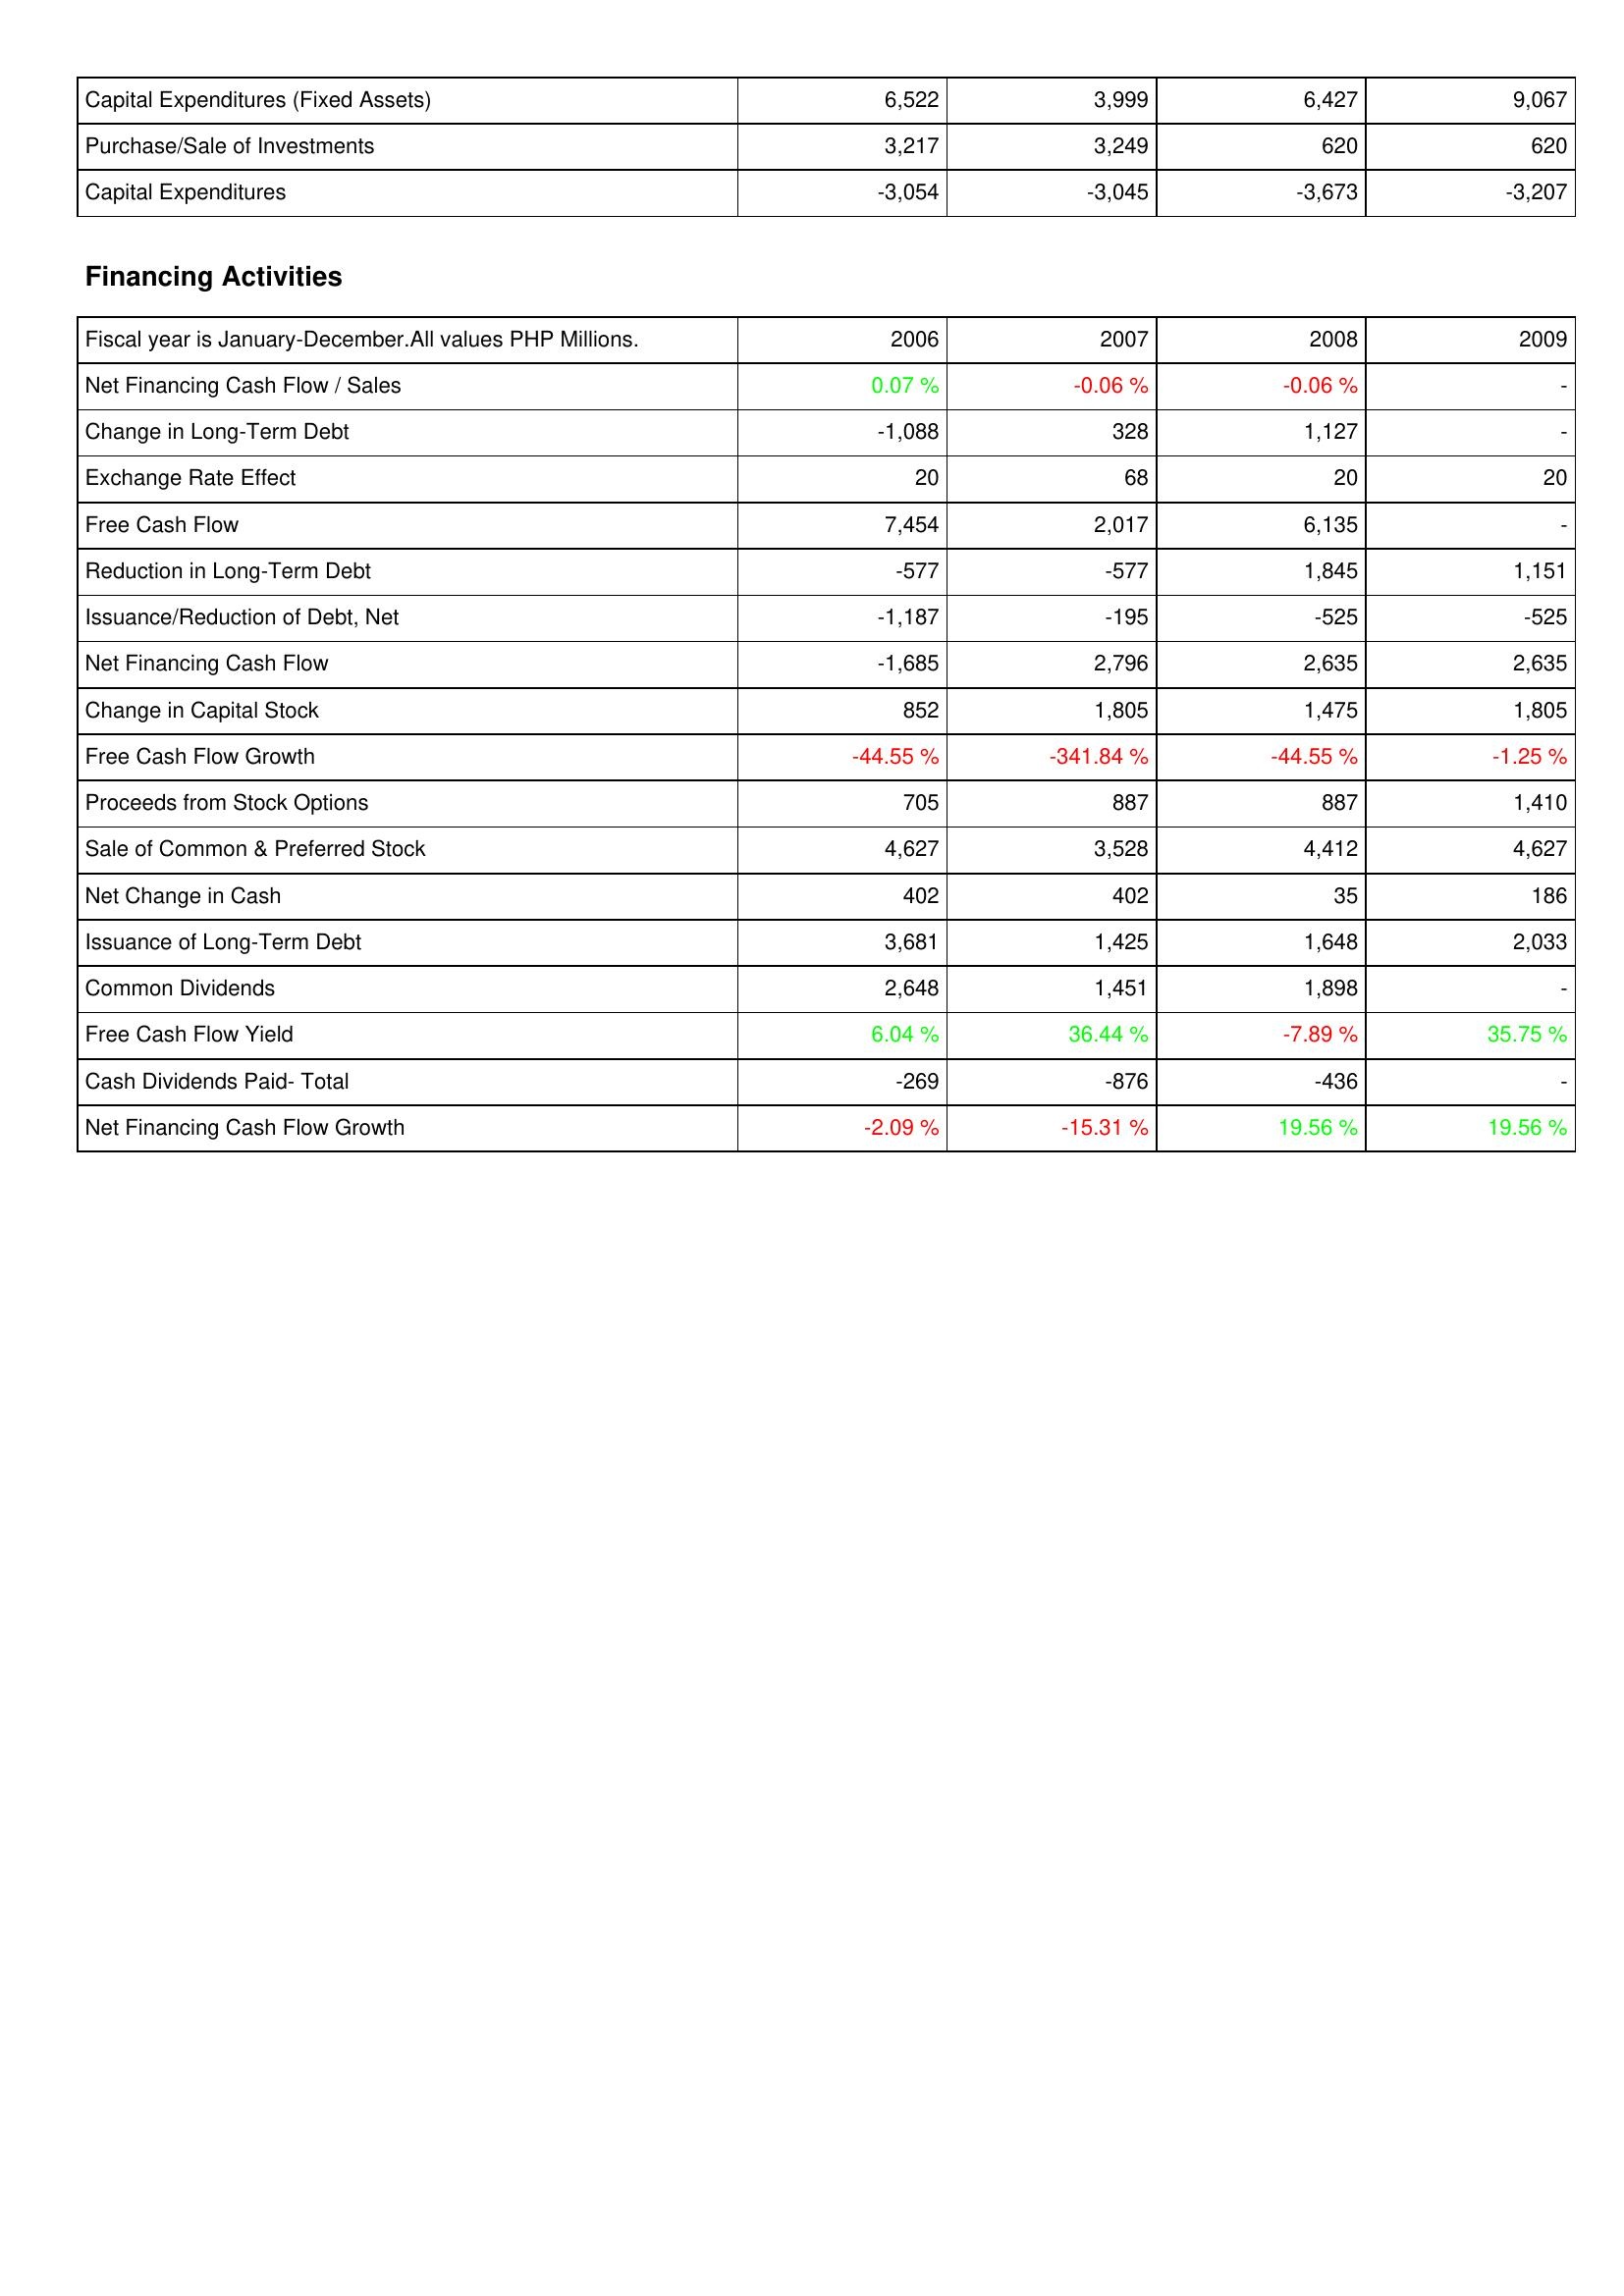
2006: Investing Activities: Capital Expenditures (Fixed Assets): 6,522
Purchase/Sale of Investments: 3,217
Capital Expenditures: -3,054
Financing Activities: Net Financing Cash Flow / Sales: 0.07 %
Change in Long-Term Debt: -1,088
Exchange Rate Effect: 20
Free Cash Flow: 7,454
Reduction in Long-Term Debt: -577
Issuance/Reduction of Debt, Net: -1,187
Net Financing Cash Flow: -1,685
Change in Capital Stock: 852
Free Cash Flow Growth: -44.55 %
Proceeds from Stock Options: 705
Sale of Common & Preferred Stock: 4,627
Net Change in Cash: 402
Issuance of Long-Term Debt: 3,681
Common Dividends: 2,648
Free Cash Flow Yield: 6.04 %
Cash Dividends Paid- Total: -269
Net Financing Cash Flow Growth: -2.09 %
2007: Investing Activities: Capital Expenditures (Fixed Assets): 3,999
Purchase/Sale of Investments: 3,249
Capital Expenditures: -3,045
Financing Activities: Net Financing Cash Flow / Sales: -0.06 %
Change in Long-Term Debt: 328
Exchange Rate Effect: 68
Free Cash Flow: 2,017
Reduction in Long-Term Debt: -577
Issuance/Reduction of Debt, Net: -195
Net Financing Cash Flow: 2,796
Change in Capital Stock: 1,805
Free Cash Flow Growth: -341.84 %
Proceeds from Stock Options: 887
Sale of Common & Preferred Stock: 3,528
Net Change in Cash: 402
Issuance of Long-Term Debt: 1,425
Common Dividends: 1,451
Free Cash Flow Yield: 36.44 %
Cash Dividends Paid- Total: -876
Net Financing Cash Flow Growth: -15.31 %
2008: Investing Activities: Capital Expenditures (Fixed Assets): 6,427
Purchase/Sale of Investments: 620
Capital Expenditures: -3,673
Financing Activities: Net Financing Cash Flow / Sales: -0.06 %
Change in Long-Term Debt: 1,127
Exchange Rate Effect: 20
Free Cash Flow: 6,135
Reduction in Long-Term Debt: 1,845
Issuance/Reduction of Debt, Net: -525
Net Financing Cash Flow: 2,635
Change in Capital Stock: 1,475
Free Cash Flow Growth: -44.55 %
Proceeds from Stock Options: 887
Sale of Common & Preferred Stock: 4,412
Net Change in Cash: 35
Issuance of Long-Term Debt: 1,648
Common Dividends: 1,898
Free Cash Flow Yield: -7.89 %
Cash Dividends Paid- Total: -436
Net Financing Cash Flow Growth: 19.56 %
2009: Investing Activities: Capital Expenditures (Fixed Assets): 9,067
Purchase/Sale of Investments: 620
Capital Expenditures: -3,207
Financing Activities: Net Financing Cash Flow / Sales: -
Change in Long-Term Debt: -
Exchange Rate Effect: 20
Free Cash Flow: -
Reduction in Long-Term Debt: 1,151
Issuance/Reduction of Debt, Net: -525
Net Financing Cash Flow: 2,635
Change in Capital Stock: 1,805
Free Cash Flow Growth: -1.25 %
Proceeds from Stock Options: 1,410
Sale of Common & Preferred Stock: 4,627
Net Change in Cash: 186
Issuance of Long-Term Debt: 2,033
Common Dividends: -
Free Cash Flow Yield: 35.75 %
Cash Dividends Paid- Total: -
Net Financing Cash Flow Growth: 19.56 %